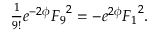
{ \textstyle \frac { 1 } { 9 ! } } e ^ { - 2 \phi } { F _ { 9 } } ^ { 2 } = - { e } ^ { 2 \phi } { F _ { 1 } } ^ { 2 } .